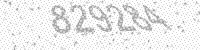
Solution: 829284